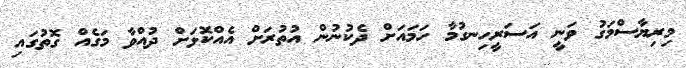
މިރިޔާސްމަގު ވަނީ އަސަރީހިނގުމާ ހަމައަށް ދެކުނުން އުތުރަށް އެއްކޮޅަށް ދުއްވާ މަގެއް ގޮތުގައި